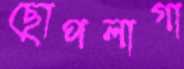
ছোপলাগা